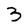
Character: 3